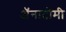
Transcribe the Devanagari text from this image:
अॅनाटॉमी